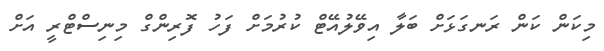
މިކަން ކަން ރަނގަޅަށް ބަލާ އިވޭލުއޭޓް ކުރުމަށް ފަހު ފޮރިންގްް މިނިސްޓްރީ އަށް